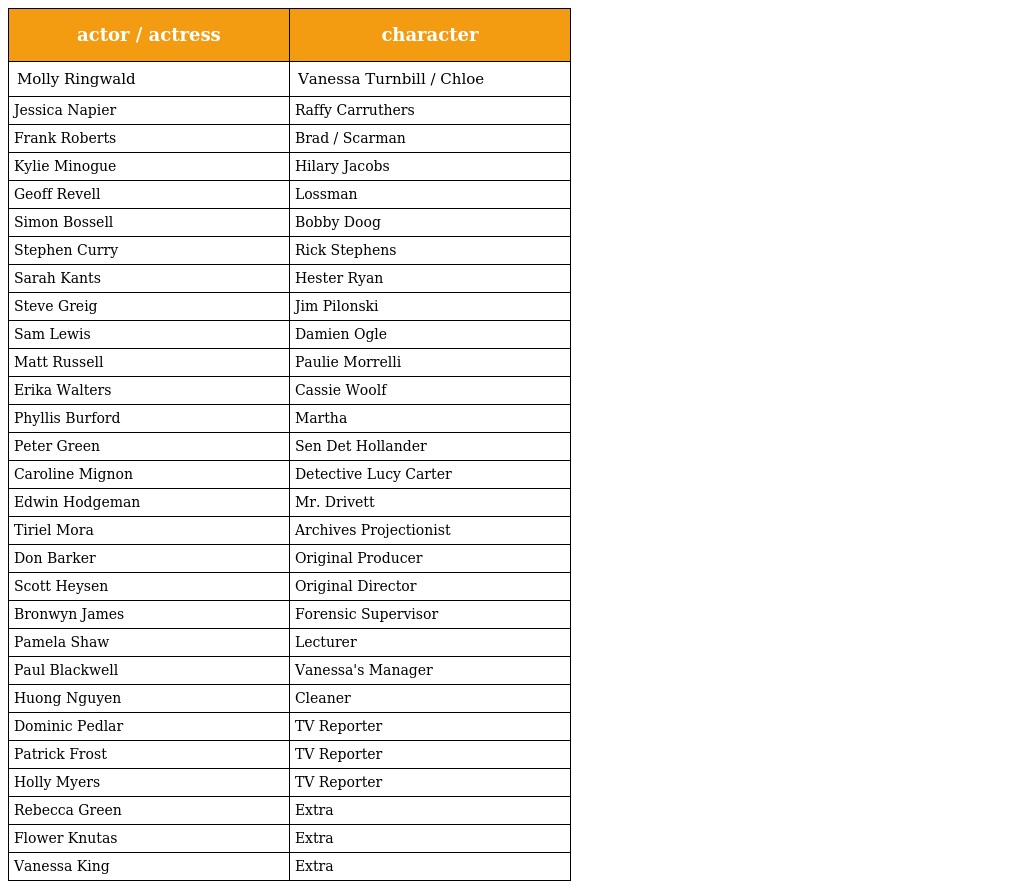
| actor / actress | character |
 | --- | --- |
 | Molly Ringwald | Vanessa Turnbill / Chloe |
 | Jessica Napier | Raffy Carruthers |
 | Frank Roberts | Brad / Scarman |
 | Kylie Minogue | Hilary Jacobs |
 | Geoff Revell | Lossman |
 | Simon Bossell | Bobby Doog |
 | Stephen Curry | Rick Stephens |
 | Sarah Kants | Hester Ryan |
 | Steve Greig | Jim Pilonski |
 | Sam Lewis | Damien Ogle |
 | Matt Russell | Paulie Morrelli |
 | Erika Walters | Cassie Woolf |
 | Phyllis Burford | Martha |
 | Peter Green | Sen Det Hollander |
 | Caroline Mignon | Detective Lucy Carter |
 | Edwin Hodgeman | Mr. Drivett |
 | Tiriel Mora | Archives Projectionist |
 | Don Barker | Original Producer |
 | Scott Heysen | Original Director |
 | Bronwyn James | Forensic Supervisor |
 | Pamela Shaw | Lecturer |
 | Paul Blackwell | Vanessa's Manager |
 | Huong Nguyen | Cleaner |
 | Dominic Pedlar | TV Reporter |
 | Patrick Frost | TV Reporter |
 | Holly Myers | TV Reporter |
 | Rebecca Green | Extra |
 | Flower Knutas | Extra |
 | Vanessa King | Extra |